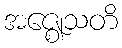
အဇ္ဈေသတိ